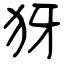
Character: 犽